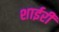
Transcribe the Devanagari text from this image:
शाईरी